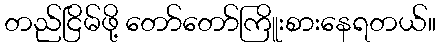
တည်ငြိမ်ဖို့ တော်တော်ကြိူးစားနေရတယ်။